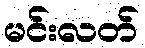
မင်းလတ်